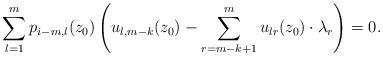
LaTeX: \begin{align*}\sum_{l=1}^mp_{i-m,l}(z_0)\left(u_{l,m-k}(z_0)-\sum_{r=m-k+1}^{m}u_{lr}(z_0)\cdot \lambda_{r}\right)=0.\end{align*}